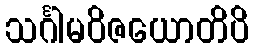
သင်္ဂါမဝိဇယောတိပိ